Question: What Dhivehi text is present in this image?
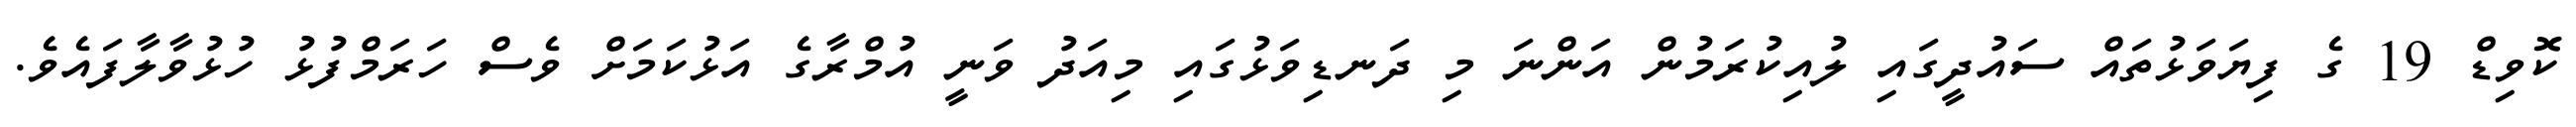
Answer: ކޮވިޑް 19 ގެ ފިޔަވަޅުތައް ސައުދީގައި ލުއިކުރަމުން އަންނަ މި ދަނޑިވަޅުގައި މިއަދު ވަނީ އުމްރާގެ އަޅުކަމަށް ވެސް ހަރަމްފުޅު ހުޅުވާލާފައެވެ.